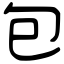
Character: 包